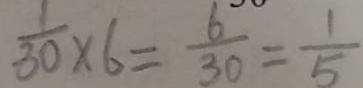
\frac { 1 } { 3 0 } \times 6 = \frac { 6 } { 3 0 } = \frac { 1 } { 5 }